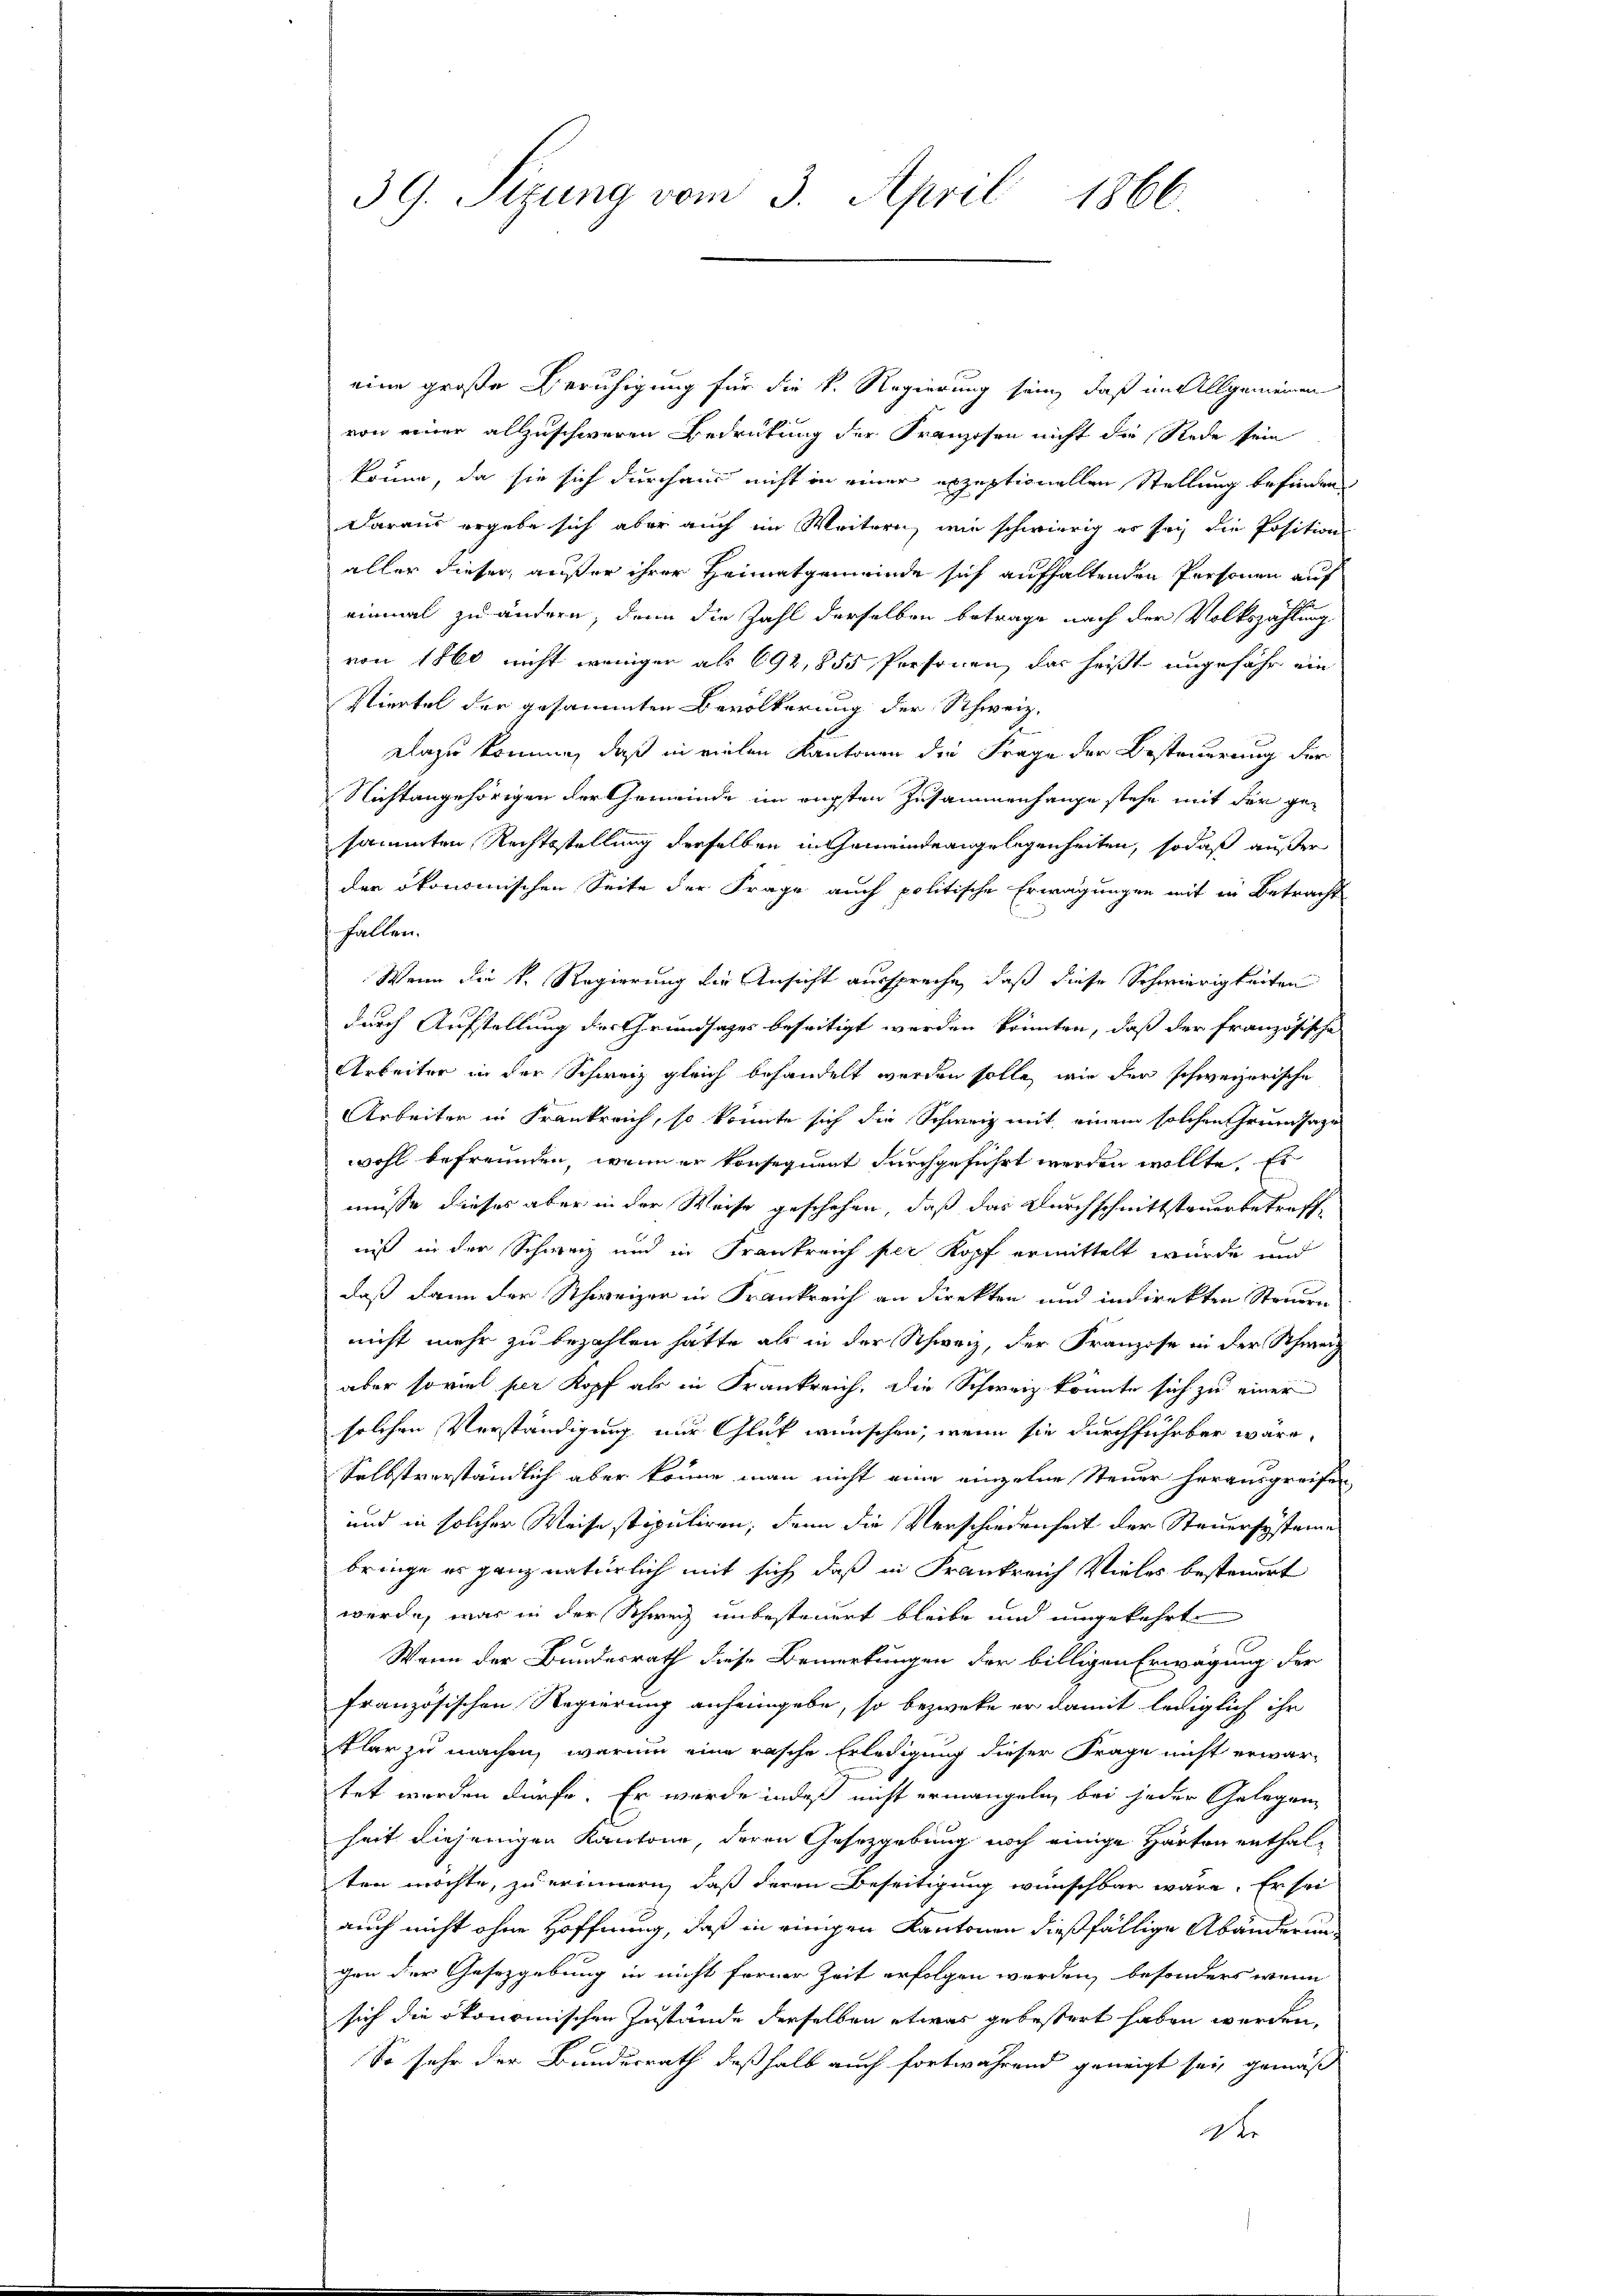
39. Sizung vom 3. April 1866

eine große Beruhigung für die k. Regierung sein, daß im Allgemeinen
von einer allzuschweren Bedrückung der Franzosen nicht die Rede sein
könne, da sie sich durchaus nicht in einer exzeptionellen Stellung befinden
Daraus ergebe sich aber auch im Weitern, wie schwierig er sey die Position
aller dieser aufer ihrer Heimatgemeinde sich aufhaltenden Personen auf
einmal zu ändern, denn die Zahl derselben betrage nach der Volkszählung
von 1860 nicht weniger als 692,855 Personen, das heißt ungefähr ein
Viertel der gesammten Bevölkerung der Schweiz.
Dazu komme, daß in vielen Kantonen die Frage der Besteuerung der
Nichtangehörigen der Gemeinde im engsten Zusammenhange stehe mit der gesammten Rechtsstellung derselben in Gemeindeangelegenheiten, sodaß außer
der ökonomischen Seite der Frage auch politische Erwägungen mit in Betracht
fallen.
Wenn die k. Regierung die Ansicht ausspreche, daß diese Schwierigkeiten
durch Aufstellung der Grundsages beseitigt werden könnten, daß der französische
Arbeiter in der Schweiz gleich behandelt werden solle, wie der schweizerische
Arbeiter in Frankreich, so könnte sich die Schweiz mit einem solchen Freunsage
wohl befreunden, wenn er konsequent durchgeführt werden wollte. Es
müsse dieses aber in der Weise geschehen, daß das Durchschnittsteuerbetreffe
niß in der Schweiz und in Frankreich per Kopf ermittelt wurde und
daß dann der Schweizer in Frankreich an direkten und indirekten Steuern
nicht mehr zu bezahlen hätte als in der Schweiz, der Franzose in der Schweiz
aber soviel der Kopf als in Frankreich. Die Schweiz könnte sich zu einer
solchen Verständigung nur Glück wünschen, wenn sie durchführbar wäre,
Selbstverständlich aber könne man nicht eine einzelne Steuer herausgreifen
und in solcher Weise stipuliren, denn die Verschiedenheit der Steuersysteme
bringe es ganz natürlich mit sich daß in Frankreich Vieles besteuert
werde, war in der Schweiz unbesteuert bleibe und umgekehrt
Wenn der Bundesrath diese Bemerkungen der billigen Erwägung der
französischen Regierung anheimgebe, so bezwecke er damit lediglich ihr
klar zu machen, warum eine rasche Erledigung dieser Frage nicht erwar-
tet werden dürfe. Er wurde indeß nicht ermangeln, bei jeder Gelegen
heit diejenigen Kantone, deren Gesetzgebung noch einige Harton enthalten möchte, zu erinnern, daß deren Beseitigung wünschbar wäre. Er sei
auch nicht ohne Hoffnung, daß in einigen Kantonen dießfällige Abänderung
gen der Gesetzgebung in nicht ferner Zeit erfolgen werden, besonders wenn
sich die ökonomischen Zustände derselben etwas gebestert haben werden.
So sehr der Bundesrath deßhalb auch fortwährend geneigt sei, gemäß
tr